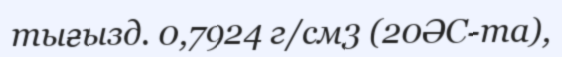
тығызд. 0,7924 г/см3 (20ӘС-та),